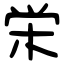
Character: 栄